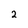
Character: 2